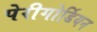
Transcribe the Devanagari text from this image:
पेरीगोर्डियन